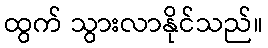
ထွက် သွားလာနိုင်သည်။